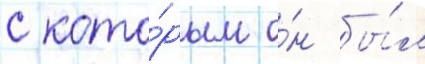
с кото́рым о́н бы́л